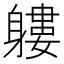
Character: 軁